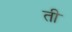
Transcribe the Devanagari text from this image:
ती